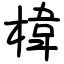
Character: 椲